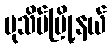
ပုသိမ်မြို့နယ်